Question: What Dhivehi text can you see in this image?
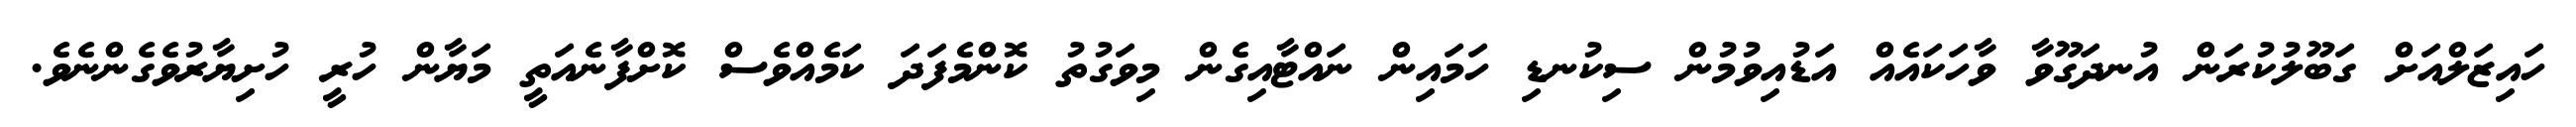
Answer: ހައިޒަލްއަށް ގަބޫލުކުރަން އުނދަގޫވާ ވާހަކައެއް އަޑުއިވުމުން ސިކުނޑި ހަމައިން ނައްޓާއިގެން މިވަގުތު ކޮންމެފަދަ ކަމެއްވެސް ކޮށްފާނެއަތީ މަޔާން ހުރީ ހުށިޔާރުވެގެންނެވެ.